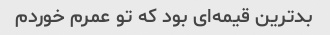
بدترین قیمه‌ای بود که تو عمرم خوردم